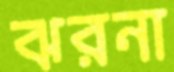
ঝরনা